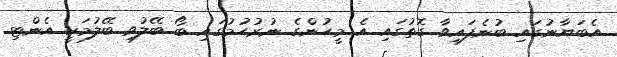
އެބަޔާނުގައި ބުނެފައިވާ ގޮތުގައި އެ މީހުންގެ ނުރުހުމުގައި ބޯ ބޭލުވި ބޭލުމަކީ އެންޓި